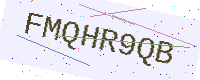
Text: FMQHR9QB